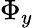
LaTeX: \Phi_{y}